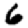
Digit: 6